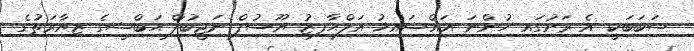
ސަބަބަކީ އެ ރަށުގައި ހުންނަ އައްޝައިޚު އަލްޙާފިޒު ޔޫސުފް ނަޖީބުލް ޙަބްޝީގެ ޒިޔާރަތުގެ